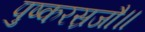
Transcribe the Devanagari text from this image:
पुष्करस्रजौ॥